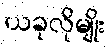
ယခုလိုမျိုး